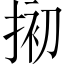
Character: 𢮀